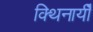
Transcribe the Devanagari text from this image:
क्थिनायीँ